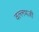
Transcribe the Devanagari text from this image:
वल्लभजी